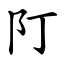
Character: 䦺